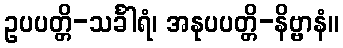
ဥပပတ္တိ-သင်္ခါရံ၊ အနုပပတ္တိ-နိဗ္ဗာနံ။